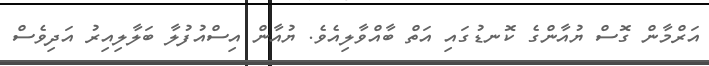
އަރްމާން ގޮސް ޔުއާންގެ ކޮނޑުގައި އަތް ބާއްވާލިއެވެ. ޔުއާން އިސްއުފުލާ ބަލާލިއިރު އަދިވެސް